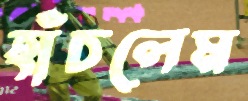
হাঁচলেম